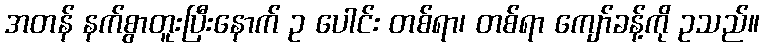
အတန် နက်စွာတူးပြီးနောက် ဥ ပေါင်း တစ်ရာ၊ တစ်ရာ ကျော်ခန့်ကို ဥသည်။